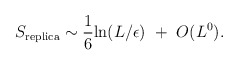
\begin{align*}S_{\rm replica}\sim {1\over 6} {\rm ln}(L/\epsilon)~+~O(L^0).\end{align*}